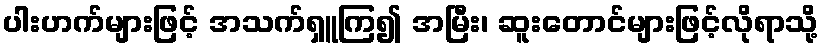
ပါးဟက်များဖြင့် အသက်ရှူကြ၍ အမြီး၊ ဆူးတောင်များဖြင့်လိုရာသို့